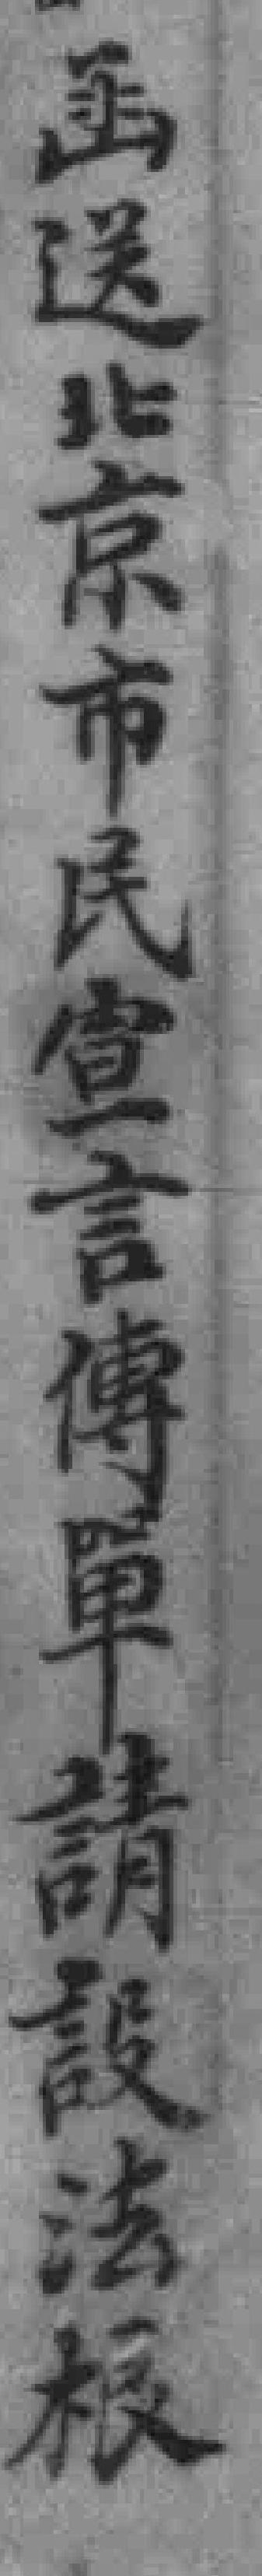
函送北京市民宣言傅單請設法根